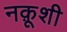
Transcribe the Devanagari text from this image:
नक़ूशी